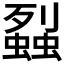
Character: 𧒈